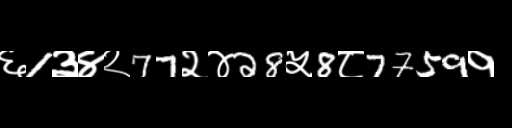
Text: ६1३४२77२४28५8८7759१